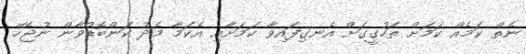
ނެތް ކަމެއް ކަމަށް ތަހުގީގަށް އެނގިފައިވާ ކަމަށާއި އެކަމާ މެދު ކަންބޮޑުވާން ނުޖެހޭ